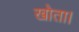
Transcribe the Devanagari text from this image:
खोता।